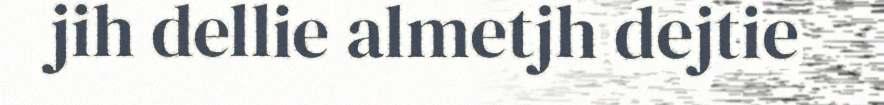
jih dellie almetjh dejtie